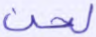
لحن